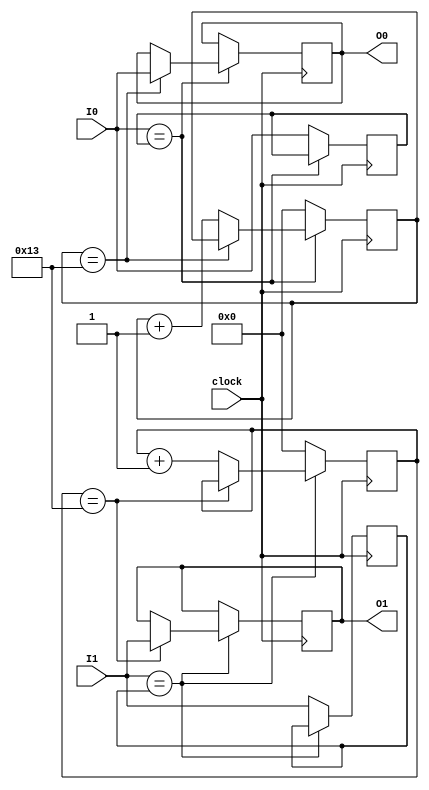
`timescale 1ns / 1ps
//////////////////////////////////////////////////////////////////////////////////
// Company: 
// Engineer: 
// 
// Design Name: 
// Module Name: debouncer
// Project Name: 
// Target Devices: 
// Tool Versions: 
// Description: 
// 
// Dependencies: 
// 
// Revision:
// Revision 0.01 - File Created
// Additional Comments:
// 
//////////////////////////////////////////////////////////////////////////////////

module debouncer(
    input clock,
    input I0,
    input I1,
    output reg O0,
    output reg O1
);

    reg [4:0] cnt0, cnt1;
    reg Iv0 = 0, Iv1 = 0;

    always @(posedge(clock)) begin
        if (I0 == Iv0) begin
            if (cnt0 == 19) O0 <= I0;
            else cnt0 <= cnt0 + 1;
        end
        else begin
            cnt0 <= 5'b00000;
            Iv0 <= I0;
        end

        if (I1 == Iv1) begin
            if (cnt1 == 19) O1 <= I1;
            else cnt1 <= cnt1 + 1;
        end
        else begin
            cnt1 <= 5'b00000;
            Iv1 <= I1;
        end
    end

endmodule